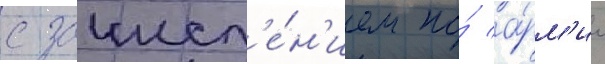
с зачисл'е́н'ием по́ а́рм'ии